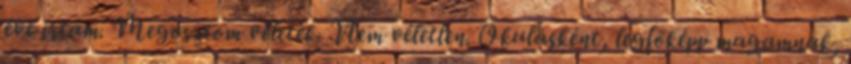
éve írtam. Megosztom veletek. Nem véletlen. Okulásként, legfőképp magamnak,